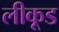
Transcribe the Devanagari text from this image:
लीकूड